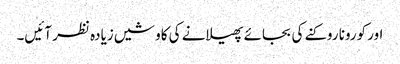
اور کورونا روکنے کی بجائے پھیلانے کی کاوشیں زیادہ نظر آئیں۔